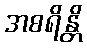
အစရိန္တိ